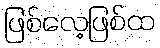
ဖြစ်လေ့ဖြစ်ထ